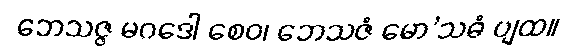
ဘေသဇ္ဇ မဂဒေါ စေဝ၊ ဘေသဇံ မော’သဓံ ပျထ။